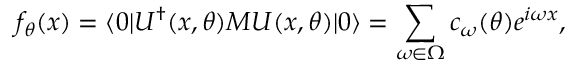
f _ { \theta } ( x ) = \langle 0 | U ^ { \dagger } ( x , \theta ) M U ( x , \theta ) | 0 \rangle = \sum _ { \omega \in \Omega } c _ { \omega } ( \theta ) e ^ { i \omega x } ,